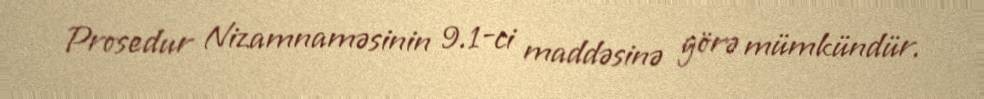
Prosedur Nizamnaməsinin 9.1-ci maddəsinə görə mümkündür.